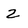
Character: 2